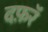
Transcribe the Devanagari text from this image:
दफ़रॅ